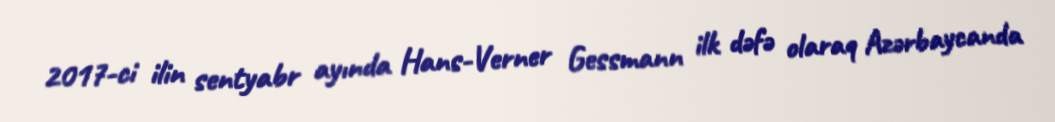
2017-ci ilin sentyabr ayında Hans-Verner Gessmann ilk dəfə olaraq Azərbaycanda